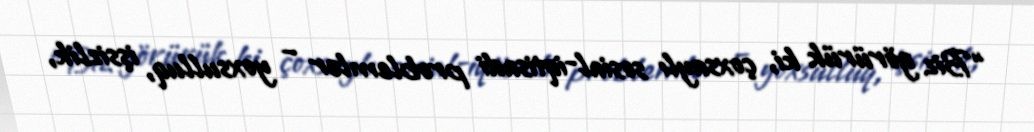
“Biz görürük ki, çoxsaylı sosial-iqtisadi problemlər – yoxsulluq, işsizlik,